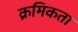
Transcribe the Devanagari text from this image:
क्रमिकता